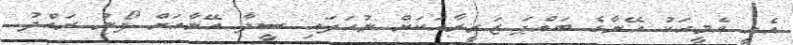
އެއީ އެމީހަކު އޭނާގެ ބައްޕަ ޒަރީރާއަަކަށް ނުހަދައި ސީދާ އޭނާއަށް ފޯނު ރައްދު